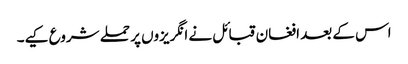
اس کے بعد افغان قبائل نے انگریزوں پر حملے شروع کیے۔